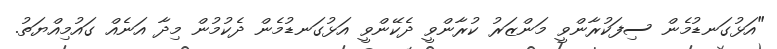
"އަޅުގަނޑުމެން ސިފަކުރާންވީ މަންޒަރު ކުރާންވީ ދެކޭންވީ އަޅުގަނޑުމެން ދެކުމުން މިދާ އަނެއް ގައުމިއްޔަތު.